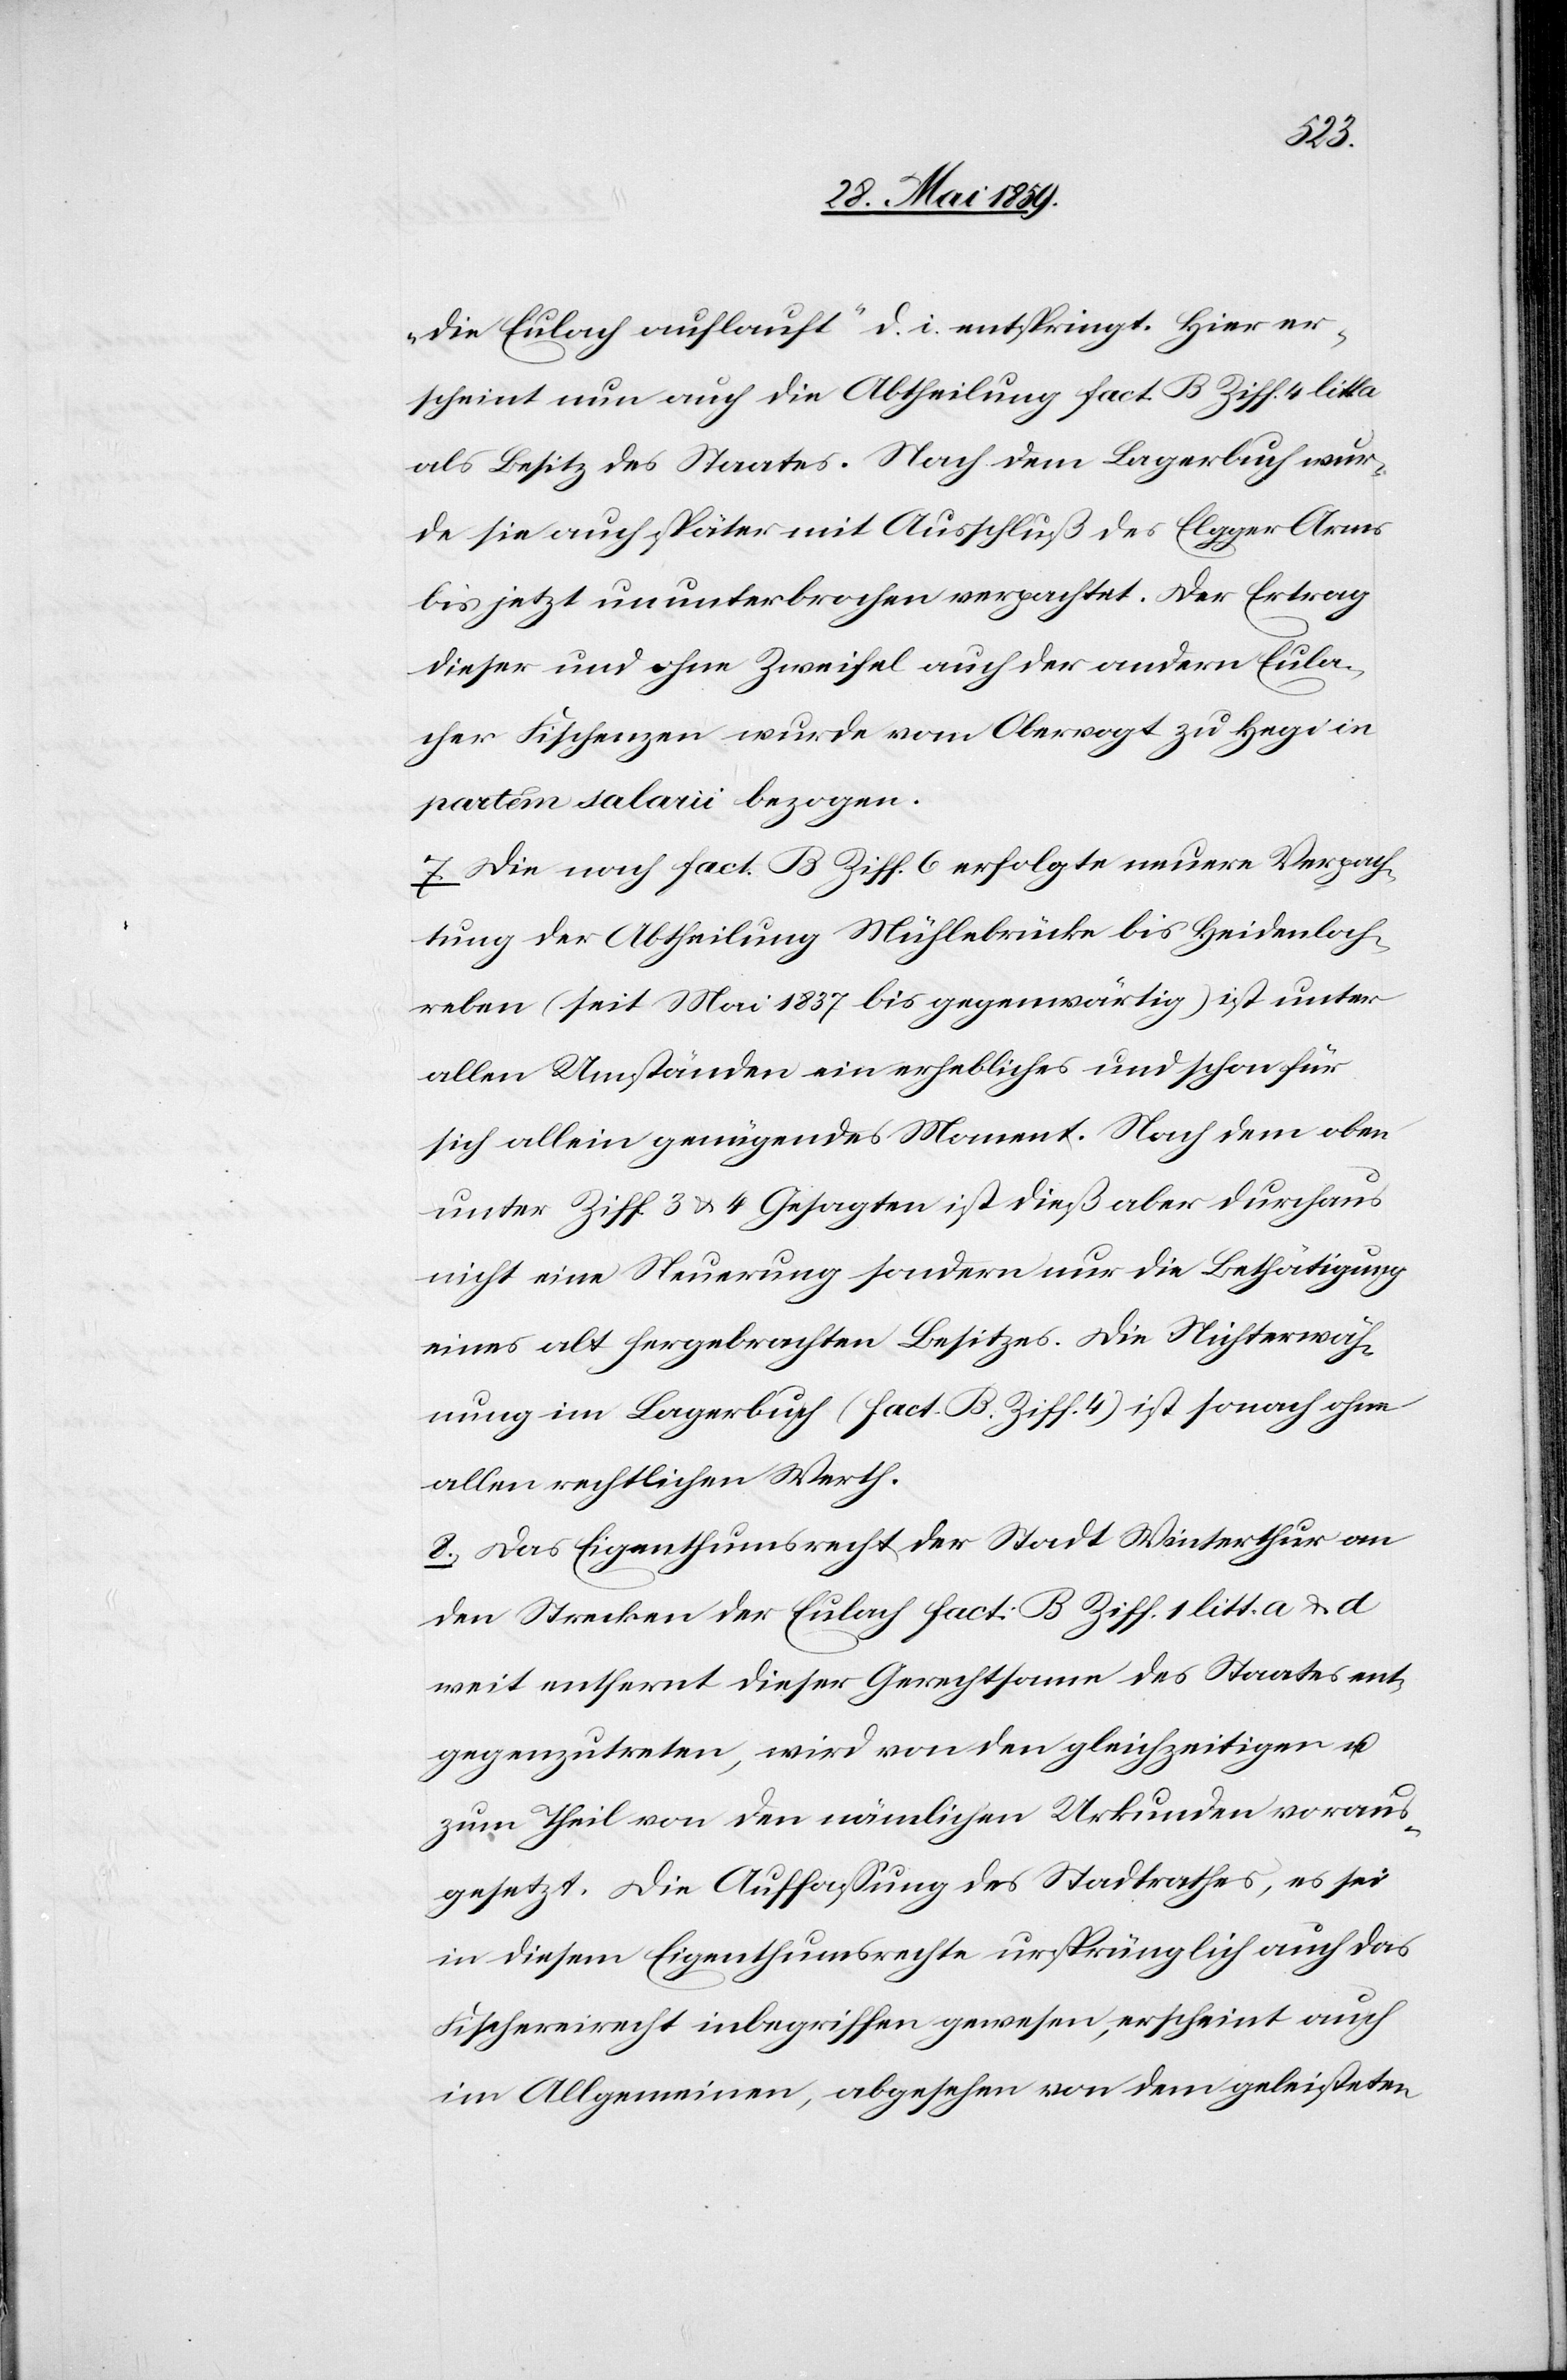
die Eulach aufläuft“ d. i. entspringt. Hier er¬
scheint nun auch die Abtheilung fact. B Ziff.4 litt a
als Besitz des Staates. Nach dem Lagerbuch wur¬
de sie auch später mit Auschluß des Elgger Arms
bis jetzt ununterbrochen verpachtet. Der Ertrag
dieser und ohne Zweifel auch der andern Eula¬
cher Fischenzen wurde vom Obervogt zu Hegi in
partem salarii bezogen.
7) Die nach fact. B Ziff. 6 erfolgte neuere Verpach¬
tung der Abtheilung Mühlebrücke bis Heidenloch¬
reben (seit Mai 1837 bis gegenwärtig) ist unter
allen Umständen ein erhebliches und schon für
sich allein genügendes Moment. Nach dem oben
unter Ziff 3 u. 4 Gesagten ist dieß aber durchaus
nicht eine Steuerung sondern nur die Bethätigung
eines alt hergebrachten Besitzes. Die Nichterwäh¬
nung im Lagerbuch (fact. B. Ziff. 4) ist sonach ohne
allen rechtlichen Werth.
8) Das Eigenthumsrecht der Stadt Winterthur an
den Strecken der Eulach fact: B Ziff. 1 litt. a & d.
weit entfernt dieser Gerechtsam[e]n des Staates ent¬
gegenzutreten, wird von den gleichzeitigen u.
zum Theil von den nämlichen Urkunden voraus¬
gesetzt. Die Auffassung des Stadtrathes, es sei
in diesem Eigenthumsrechte ursprünglich auch das
Fischereirecht inbegriffen gewesen, erscheint auch
im Allgemeinen, abgesehen von dem geleisteten